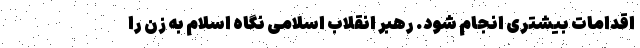
اقدامات بیشتری انجام شود. رهبر انقلاب اسلامی نگاه اسلام به زن را